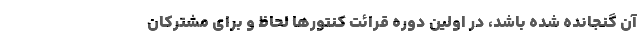
آن گنجانده شده باشد، در اولین دوره قرائت کنتورها لحاظ و برای مشترکان